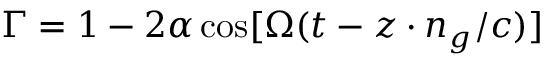
\Gamma = 1 - 2 \alpha \cos [ \Omega ( t - z \cdot n _ { g } / c ) ]